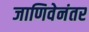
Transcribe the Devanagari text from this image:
जाणिवेनंतर